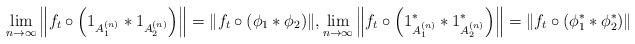
LaTeX: \begin{align*} \lim_{n \to \infty} \left\| f_t \circ \left( 1_{A_1^{(n)}} * 1_{A_2^{(n)}} \right) \right\| = \| f_t \circ ( \phi_1 * \phi_2 ) \| , \lim_{n \to \infty} \left\| f_t \circ \left( 1_{A_1^{(n)}}^* * 1_{A_2^{(n)}}^* \right) \right\| = \| f_t \circ ( \phi_1^* * \phi_2^* ) \| \end{align*}